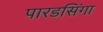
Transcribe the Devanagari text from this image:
पारडसिंगा